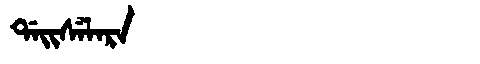
Manchu: ᡩᠠᡳᠰᡝᠯᠠᡵᠠ
Romanization: DAISELARA